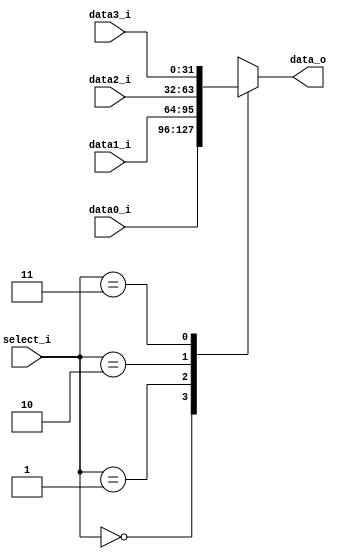
module MUX_4to1(
               data0_i,
               data1_i,
               data2_i,
               data3_i,
               select_i,
               data_o
               );

parameter size = 32;

//I/O ports
input   [size-1:0] data0_i;
input   [size-1:0] data1_i;
input   [size-1:0] data2_i;
input   [size-1:0] data3_i;
input   [1:0]      select_i;

output  [size-1:0] data_o;

//Internal Signals
reg     [size-1:0] data_o;

//Main function
always@(*) begin
	case(select_i)
		1'b0: data_o = data0_i;
		1'b1: data_o = data1_i;
        2: data_o = data2_i;
        3: data_o = data3_i;
	endcase
end

endmodule